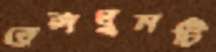
রেলঘুমটি